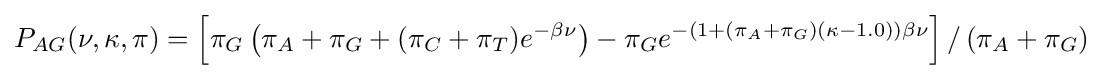
P_{AG}(\nu ,\kappa ,\pi )=\left[\pi _{G}\left(\pi _{A}+\pi _{G}+(\pi _{C}+\pi _{T})e^{-\beta \nu }\right)-\pi _{G}e^{-(1+(\pi _{A}+\pi _{G})(\kappa -1.0))\beta \nu }\right]/\left(\pi _{A}+\pi _{G}\right)